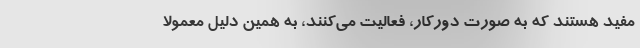
مفید هستند که به صورت دورکار، فعالیت می‌کنند، به همین دلیل معمولا